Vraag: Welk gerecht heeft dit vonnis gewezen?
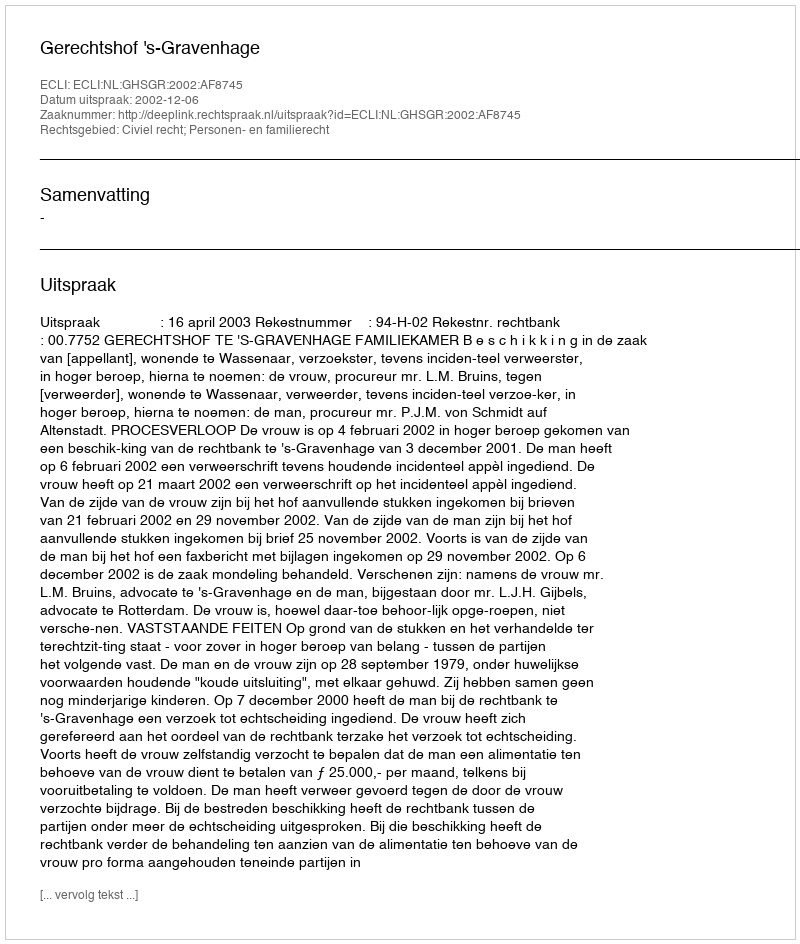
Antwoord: Gerechtshof 's-Gravenhage